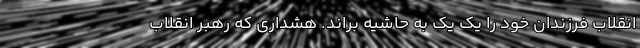
انقلاب فرزندان خود را یک یک به حاشیه براند. هشداری که رهبر انقلاب